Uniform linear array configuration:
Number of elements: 24
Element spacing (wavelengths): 0.75
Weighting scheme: hamming
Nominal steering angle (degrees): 0
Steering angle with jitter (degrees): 0.2026
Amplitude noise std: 0.05
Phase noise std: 0.05

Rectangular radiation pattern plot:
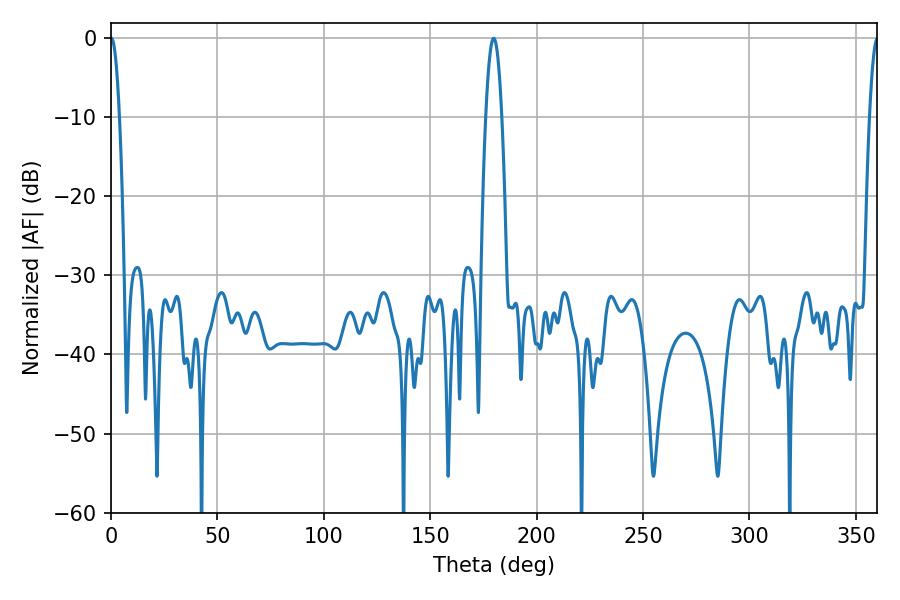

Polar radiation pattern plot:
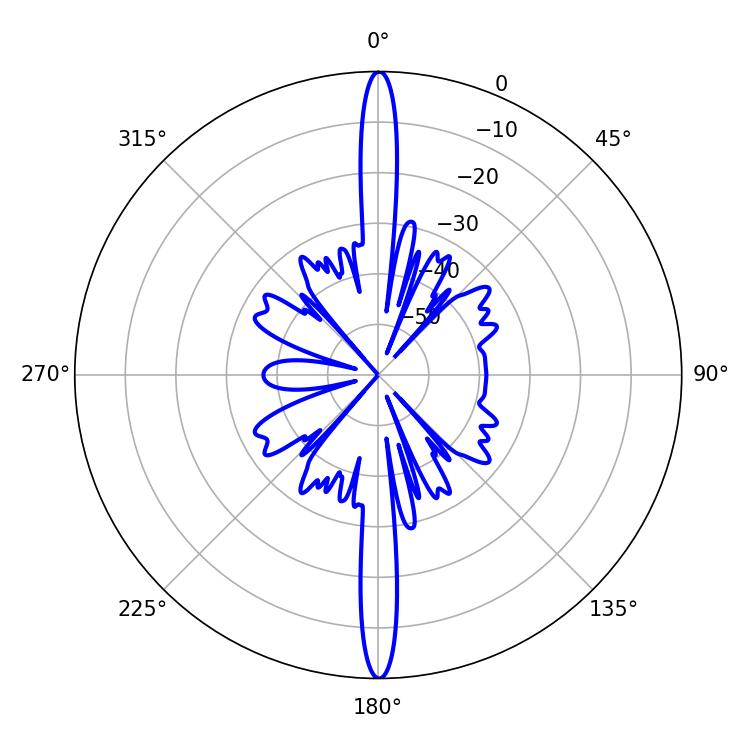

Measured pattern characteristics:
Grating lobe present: TRUE
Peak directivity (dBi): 35.894
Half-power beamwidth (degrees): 2.16
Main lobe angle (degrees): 0.18